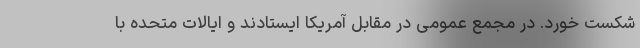
شکست خورد. در مجمع عمومی در مقابل آمریکا ایستادند و ایالات متحده با